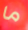
ما